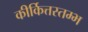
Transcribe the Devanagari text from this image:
कीर्कित्तस्तम्भ